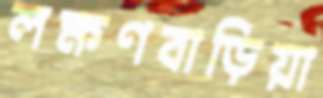
লক্ষণবাড়িয়া